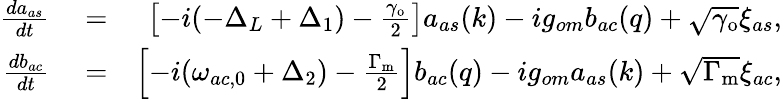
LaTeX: \begin{array}{rlr}{\frac{da_{as}}{dt}}&{{}=}&{\left[-i(-\Delta_{L}+\Delta_{1})-\frac{\gamma_{\mathrm{o}}}{2}\right]a_{as}(k)-ig_{om}b_{ac}(q)+\sqrt{\gamma_{\mathrm{o}}}\xi_{as},}\\ {\frac{db_{ac}}{dt}}&{{}=}&{\left[-i(\omega_{ac,0}+\Delta_{2})-\frac{\Gamma_{\mathrm{m}}}{2}\right]b_{ac}(q)-ig_{om}a_{as}(k)+\sqrt{\Gamma_{\mathrm{m}}}\xi_{ac},}\end{array}